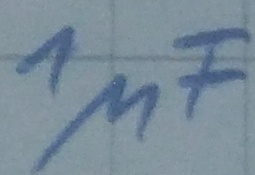
Text: 1µF